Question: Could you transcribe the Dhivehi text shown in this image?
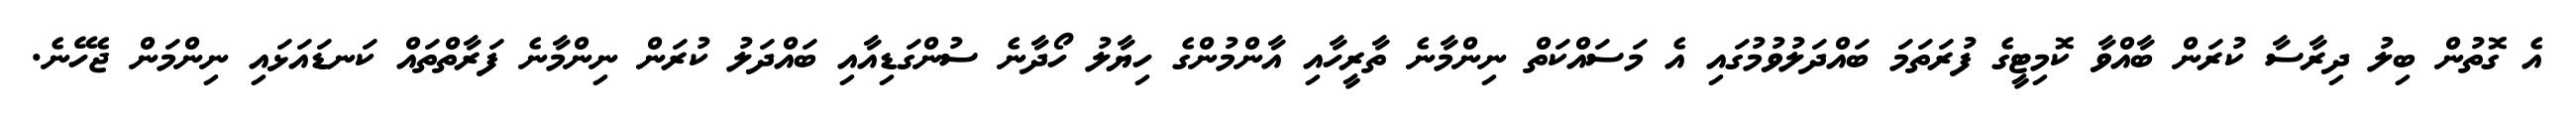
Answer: އެ ގޮތުން ބިލު ދިރާސާ ކުރަން ބާއްވާ ކޮމިޓީގެ ފުރަތަމަ ބައްދަލުވުމުގައި އެ މަސައްކަތް ނިންމާނެ ތާރީހާއި އާންމުންގެ ހިޔާލު ހޯދާނެ ސުންގަޑިއާއި ބައްދަލު ކުރަން ނިންމާނެ ފަރާތްތައް ކަނޑައަޅައި ނިންމަން ޖެހޭނެ.